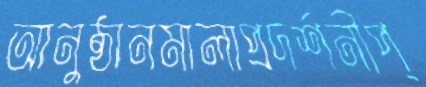
আনুষ্ঠানমালাপ্রদর্শনীপ্